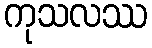
ကုသလဿ